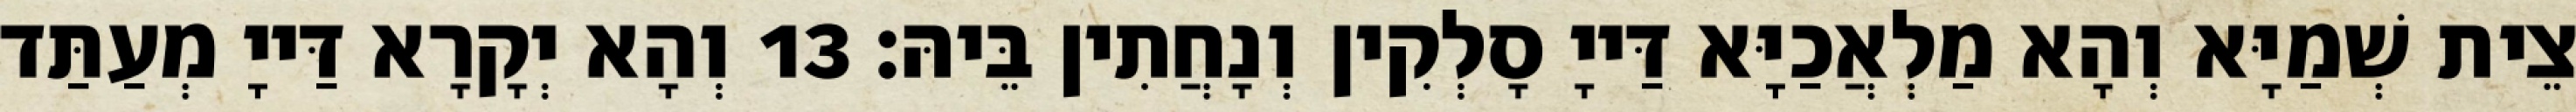
צֵית שְׁמַיָּא וְהָא מַלְאֲכַיָּא דַּייָ סָלְקִין וְנָחֲתִין בֵּיהּ׃ 13 וְהָא יְקָרָא דַּייָ מְעַתַּד